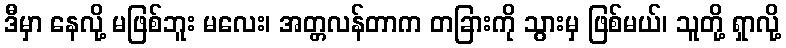
ဒီမှာ နေလို့ မဖြစ်ဘူး မလေး၊ အတ္တလန်တာက တခြားကို သွားမှ ဖြစ်မယ်၊ သူတို့ ရှာလို့